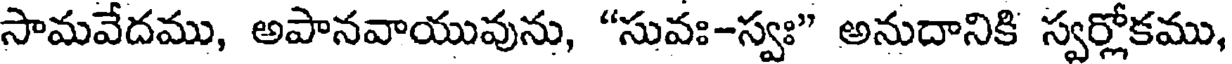
సామవేదము, అపానవాయువును, "సువః-స్వః" అనుదానికి స్వర్లోకము,